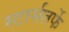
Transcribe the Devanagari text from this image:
स्टार्सतर्फे